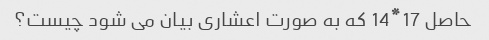
حاصل 17*14 که به صورت اعشاری بیان می شود چیست؟